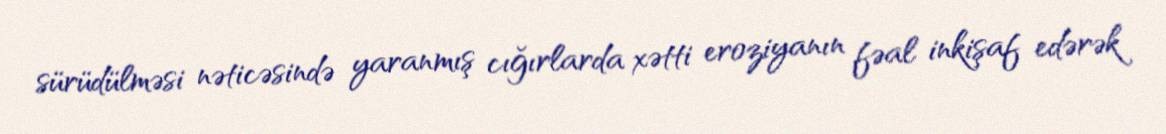
sürüdülməsi nəticəsində yaranmış cığırlarda xətti eroziyanın fəal inkişaf edərək